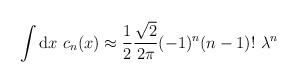
LaTeX: \begin{align*}\int {\rm d} x \ c_n (x) \approx {1 \over 2} { \sqrt{2} \over 2 \pi} (-1)^n (n-1)! \ \lambda^n\end{align*}